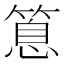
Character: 𥰝